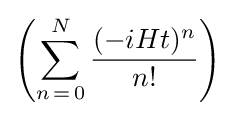
\left(\sum _{n\mathop {=} 0}^{N}{\frac {(-iHt)^{n}}{n!}}\right)